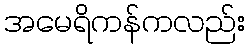
အမေရိကန်ကလည်း